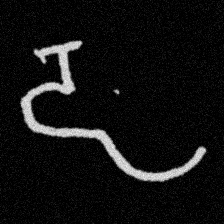
Pyu character \u2014 Myanmar letter: ဠ (romanized: lla)